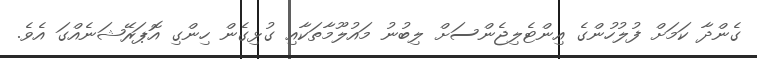
ގެންދާ ކަމަށް ފުލުހުންގެ އިންޓެލިޖެންސަށް ލިބުނު މައުލޫމާތަކާއި ގުޅިގެން ހިންގި އޮޕަރޭޝަނެއްގަ އެވެ.